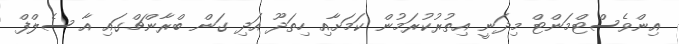
އިންވެސްޓްމަންޓް މިދަނީ އިތުރުކުރަމުން ކަމަށާއި ހިތަދޫ އަދި ގަން ބްރާންޗްގައި އާ ސެލްފް